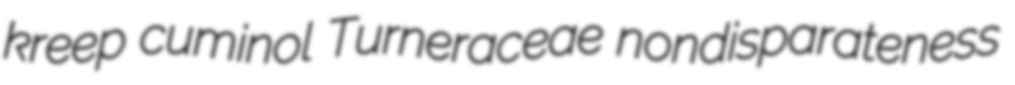
kreep cuminol Turneraceae nondisparateness